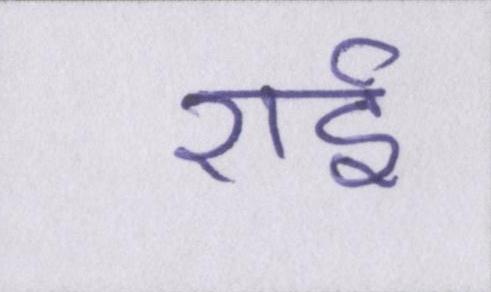
राई